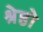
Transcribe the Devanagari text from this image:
श्रेष्ठो